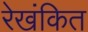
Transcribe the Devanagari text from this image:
रेखंकित